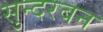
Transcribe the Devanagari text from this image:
सुन्दरबन